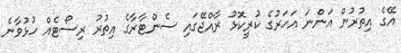
އޭގެ އިތުރުން އަންނަ އަހަރުގެ ކުރީކޮޅު ރާއްޖޭގައި ސެންޓާރާގެ އިތުރު ރިސޯޓެއް ހުޅުވާނެ